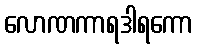
လောဏကာရဒါရကော